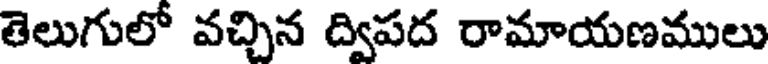
తెలుగులో వచ్చిన ద్విపద రామాయణములు